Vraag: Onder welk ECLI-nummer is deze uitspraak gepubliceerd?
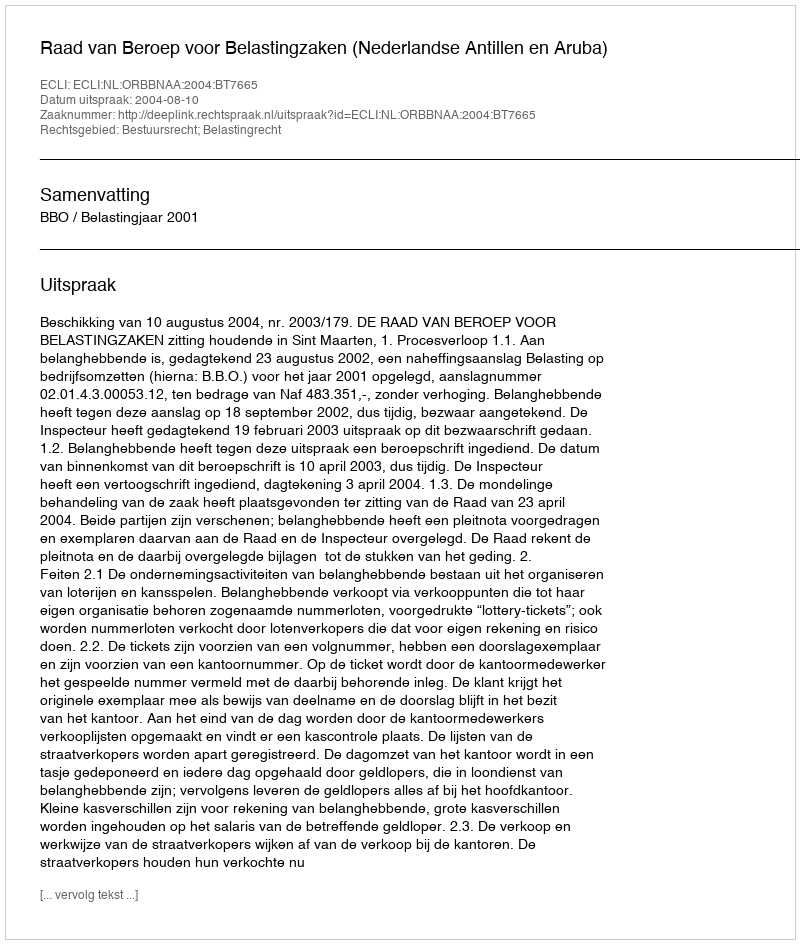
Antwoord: ECLI:NL:ORBBNAA:2004:BT7665